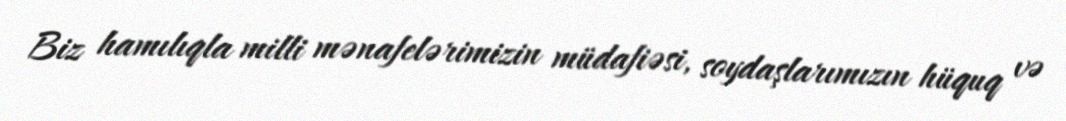
Biz hamılıqla milli mənafelərimizin müdafiəsi, soydaşlarımızın hüquq və